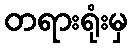
တရားရုံးမှ